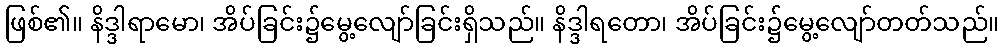
ဖြစ်၏။ နိဒ္ဒါရာမော၊ အိပ်ခြင်း၌မွေ့လျော်ခြင်းရှိသည်။ နိဒ္ဒါရတော၊ အိပ်ခြင်း၌မွေ့လျော်တတ်သည်။